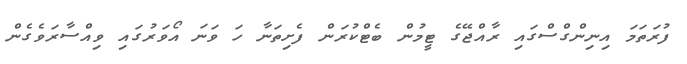
ފުރަތަމަ އިނިންގްސްގައި ރާއްޖޭގެ ޓީމުން ބެޓްކުރަން ފެށިތަނާ ހަ ވަނަ އޯވަރުގައި ވިއްސާރަވެގެން